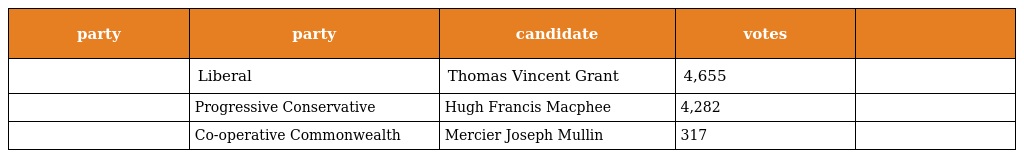
| party | party | candidate | votes |  |
 | --- | --- | --- | --- | --- |
 |  | Liberal | Thomas Vincent Grant | 4,655 |  |
 |  | Progressive Conservative | Hugh Francis Macphee | 4,282 |  |
 |  | Co-operative Commonwealth | Mercier Joseph Mullin | 317 |  |